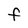
Character: F